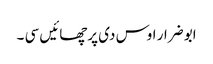
ابو ضرار اوس دی پرچھائیں سی ۔